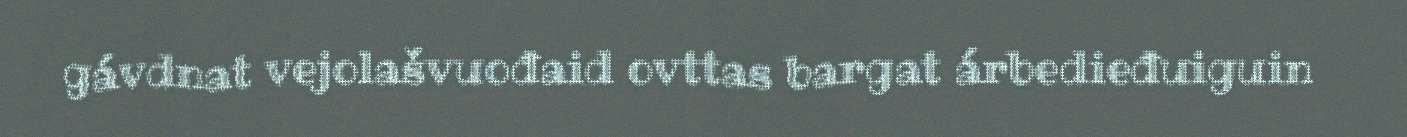
gávdnat vejolašvuođaid ovttas bargat árbedieđuiguin